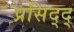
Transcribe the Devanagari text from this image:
प्रसिद्द्